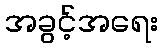
အခွင့်အရေး